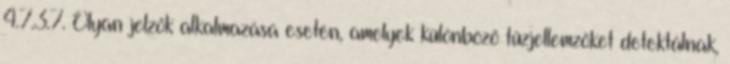
4.7.3.7. Olyan jelzõk alkalmazása esetén, amelyek különbözõ tûzjellemzõket detektálnak,